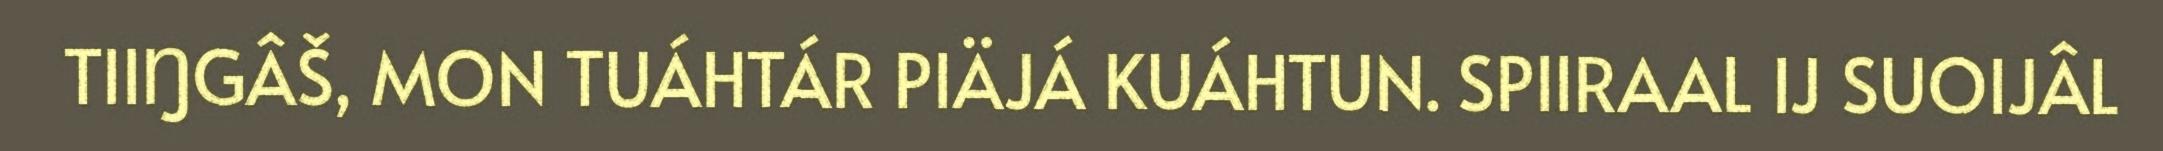
TIIŊGÂŠ, MON TUÁHTÁR PIÄJÁ KUÁHTUN. SPIIRAAL IJ SUOIJÂL